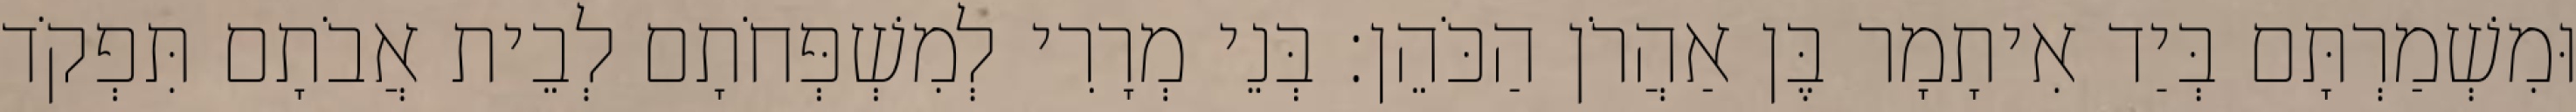
וּמִשְׁמַרְתָּם בְּיַד אִיתָמָר בֶּן אַהֲרֹן הַכֹּהֵן׃ בְּנֵי מְרָרִי לְמִשְׁפְּחֹתָם לְבֵית אֲבֹתָם תִּפְקֹד